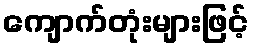
ကျောက်တုံးများဖြင့်